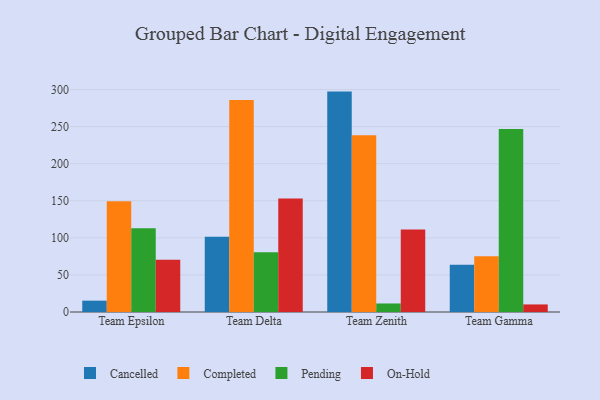
{"axis": {"x": "Team", "y": "Waste Production (Tons)"}, "legend": ["Cancelled", "Completed", "On-Hold", "Pending"], "data": [{"x": "Team Epsilon", "y": 15.3, "type": "Cancelled"}, {"x": "Team Epsilon", "y": 149.5, "type": "Completed"}, {"x": "Team Epsilon", "y": 113.1, "type": "Pending"}, {"x": "Team Epsilon", "y": 70.4, "type": "On-Hold"}, {"x": "Team Delta", "y": 101.6, "type": "Cancelled"}, {"x": "Team Delta", "y": 285.8, "type": "Completed"}, {"x": "Team Delta", "y": 80.7, "type": "Pending"}, {"x": "Team Delta", "y": 153.2, "type": "On-Hold"}, {"x": "Team Zenith", "y": 297.2, "type": "Cancelled"}, {"x": "Team Zenith", "y": 238.5, "type": "Completed"}, {"x": "Team Zenith", "y": 11.5, "type": "Pending"}, {"x": "Team Zenith", "y": 111.4, "type": "On-Hold"}, {"x": "Team Gamma", "y": 63.7, "type": "Cancelled"}, {"x": "Team Gamma", "y": 75.1, "type": "Completed"}, {"x": "Team Gamma", "y": 246.9, "type": "Pending"}, {"x": "Team Gamma", "y": 10.2, "type": "On-Hold"}]}